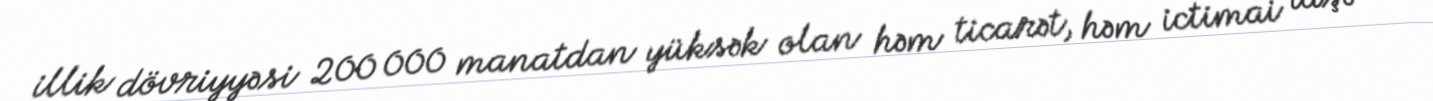
illik dövriyyəsi 200 000 manatdan yüksək olan həm ticarət, həm ictimai iaşə